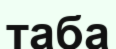
таба